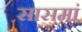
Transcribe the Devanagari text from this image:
सासमां